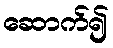
ဆောက်၍